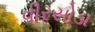
વીરસોડા